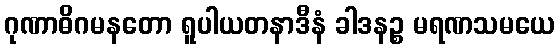
ဂုဏာဓိဂမနတော ရူပါယတနာဒီနံ ခါဒနဉ္စ မရဏသမယေ